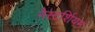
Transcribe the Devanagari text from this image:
नैस्टर्शियम